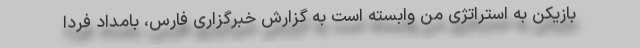
بازیکن به استراتژی من وابسته است به گزارش خبرگزاری فارس، بامداد فردا